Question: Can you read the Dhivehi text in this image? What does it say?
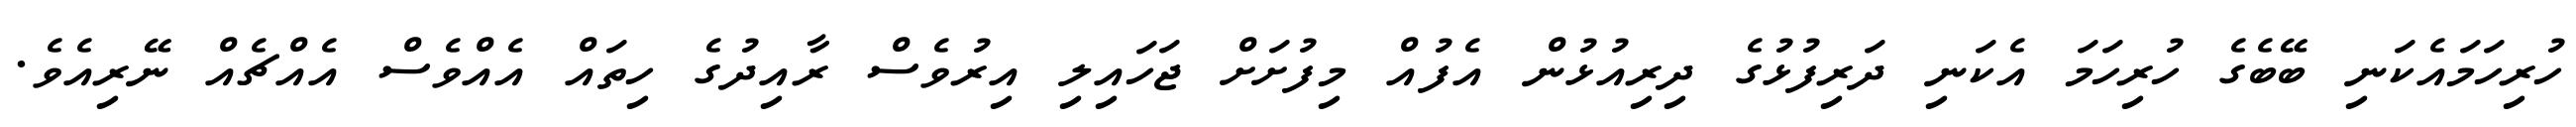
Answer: ހުރިހަމައެކަނި ބޭބެގެ ހުރިހަމަ އެކަނި ދަރިފުޅުގެ ދިރިއުޅުން އެފުއް މިފުށަށް ޖަހައިލި އިރުވެސް ރާއިދުގެ ހިތައް އެއްވެސް އެއްޗެއް ނޭރިއެވެ.